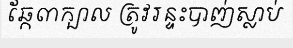
ឆ្កែ៣ក្បាល ត្រូវរន្ទះបាញ់ស្លាប់